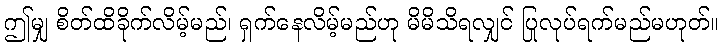
ဤမျှ စိတ်ထိခိုက်လိမ့်မည်၊ ရှက်နေလိမ့်မည်ဟု မိမိသိရလျှင် ပြုလုပ်ရက်မည်မဟုတ်။